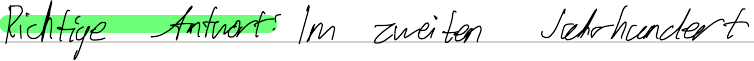
Richtige Antwort? Im zweiten Jahrhundert